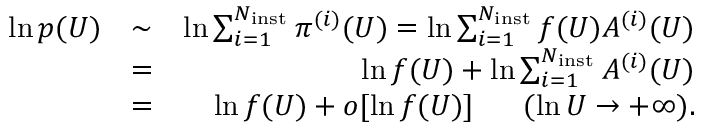
\begin{array} { r l r } { \ln p ( U ) } & { \sim } & { \ln \sum _ { i = 1 } ^ { N _ { \mathrm { i n s t } } } \pi ^ { ( i ) } ( U ) = \ln \sum _ { i = 1 } ^ { N _ { \mathrm { i n s t } } } f ( U ) A ^ { ( i ) } ( U ) } \\ & { = } & { \ln f ( U ) + \ln \sum _ { i = 1 } ^ { N _ { \mathrm { i n s t } } } A ^ { ( i ) } ( U ) } \\ & { = } & { \ln f ( U ) + o [ \ln f ( U ) ] \ \ \ \ \ ( \ln U \to + \infty ) . } \end{array}